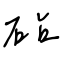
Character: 砧